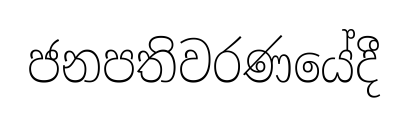
ජනපතිවරණයේදී